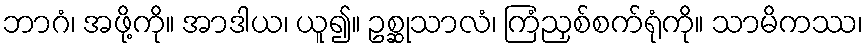
ဘာဂံ၊ အဖို့ကို။ အာဒါယ၊ ယူ၍။ ဥစ္ဆုသာလံ၊ ကြံညှစ်စက်ရုံကို။ သာမိကဿ၊